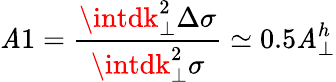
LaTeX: \mathit{A}1=\frac{{\intdk_{\perp}^{2}\Delta\sigma}}{{\intdk_{\perp}^{2}\sigma}}\simeq0.5\mathit{A}_{\perp}^{h}